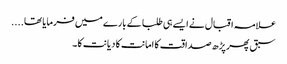
علامہ اقبال نے ایسے ہی طلبا کے بارے میں فرمایا تھا....
سبق پھر پڑھ صداقت کا امانت کا دیانت کا۔